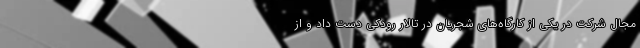
مجال شرکت در یکی از کارگاه‌های شجریان در تالار رودکی دست داد و از